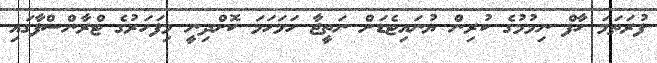
ފުރަތަމަ ހާފް ނިމުމުގެ ކުރިން ޔުނައިޓެޑަށް ނަތީޖާ ހަމަހަމަ ކޮށްދިނީ މިފަހަރުގެ ޓްރާންސްފާގައި